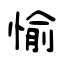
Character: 愉